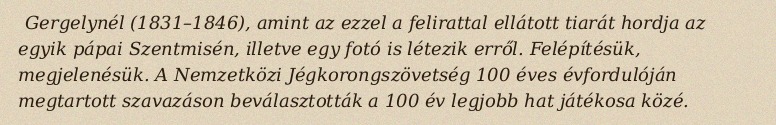
Gergelynél (1831–1846), amint az ezzel a felirattal ellátott tiarát hordja az egyik pápai Szentmisén, illetve egy fotó is létezik erről. Felépítésük, megjelenésük. A Nemzetközi Jégkorongszövetség 100 éves évfordulóján megtartott szavazáson beválasztották a 100 év legjobb hat játékosa közé.